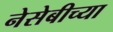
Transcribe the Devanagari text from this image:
नेसेबीच्या